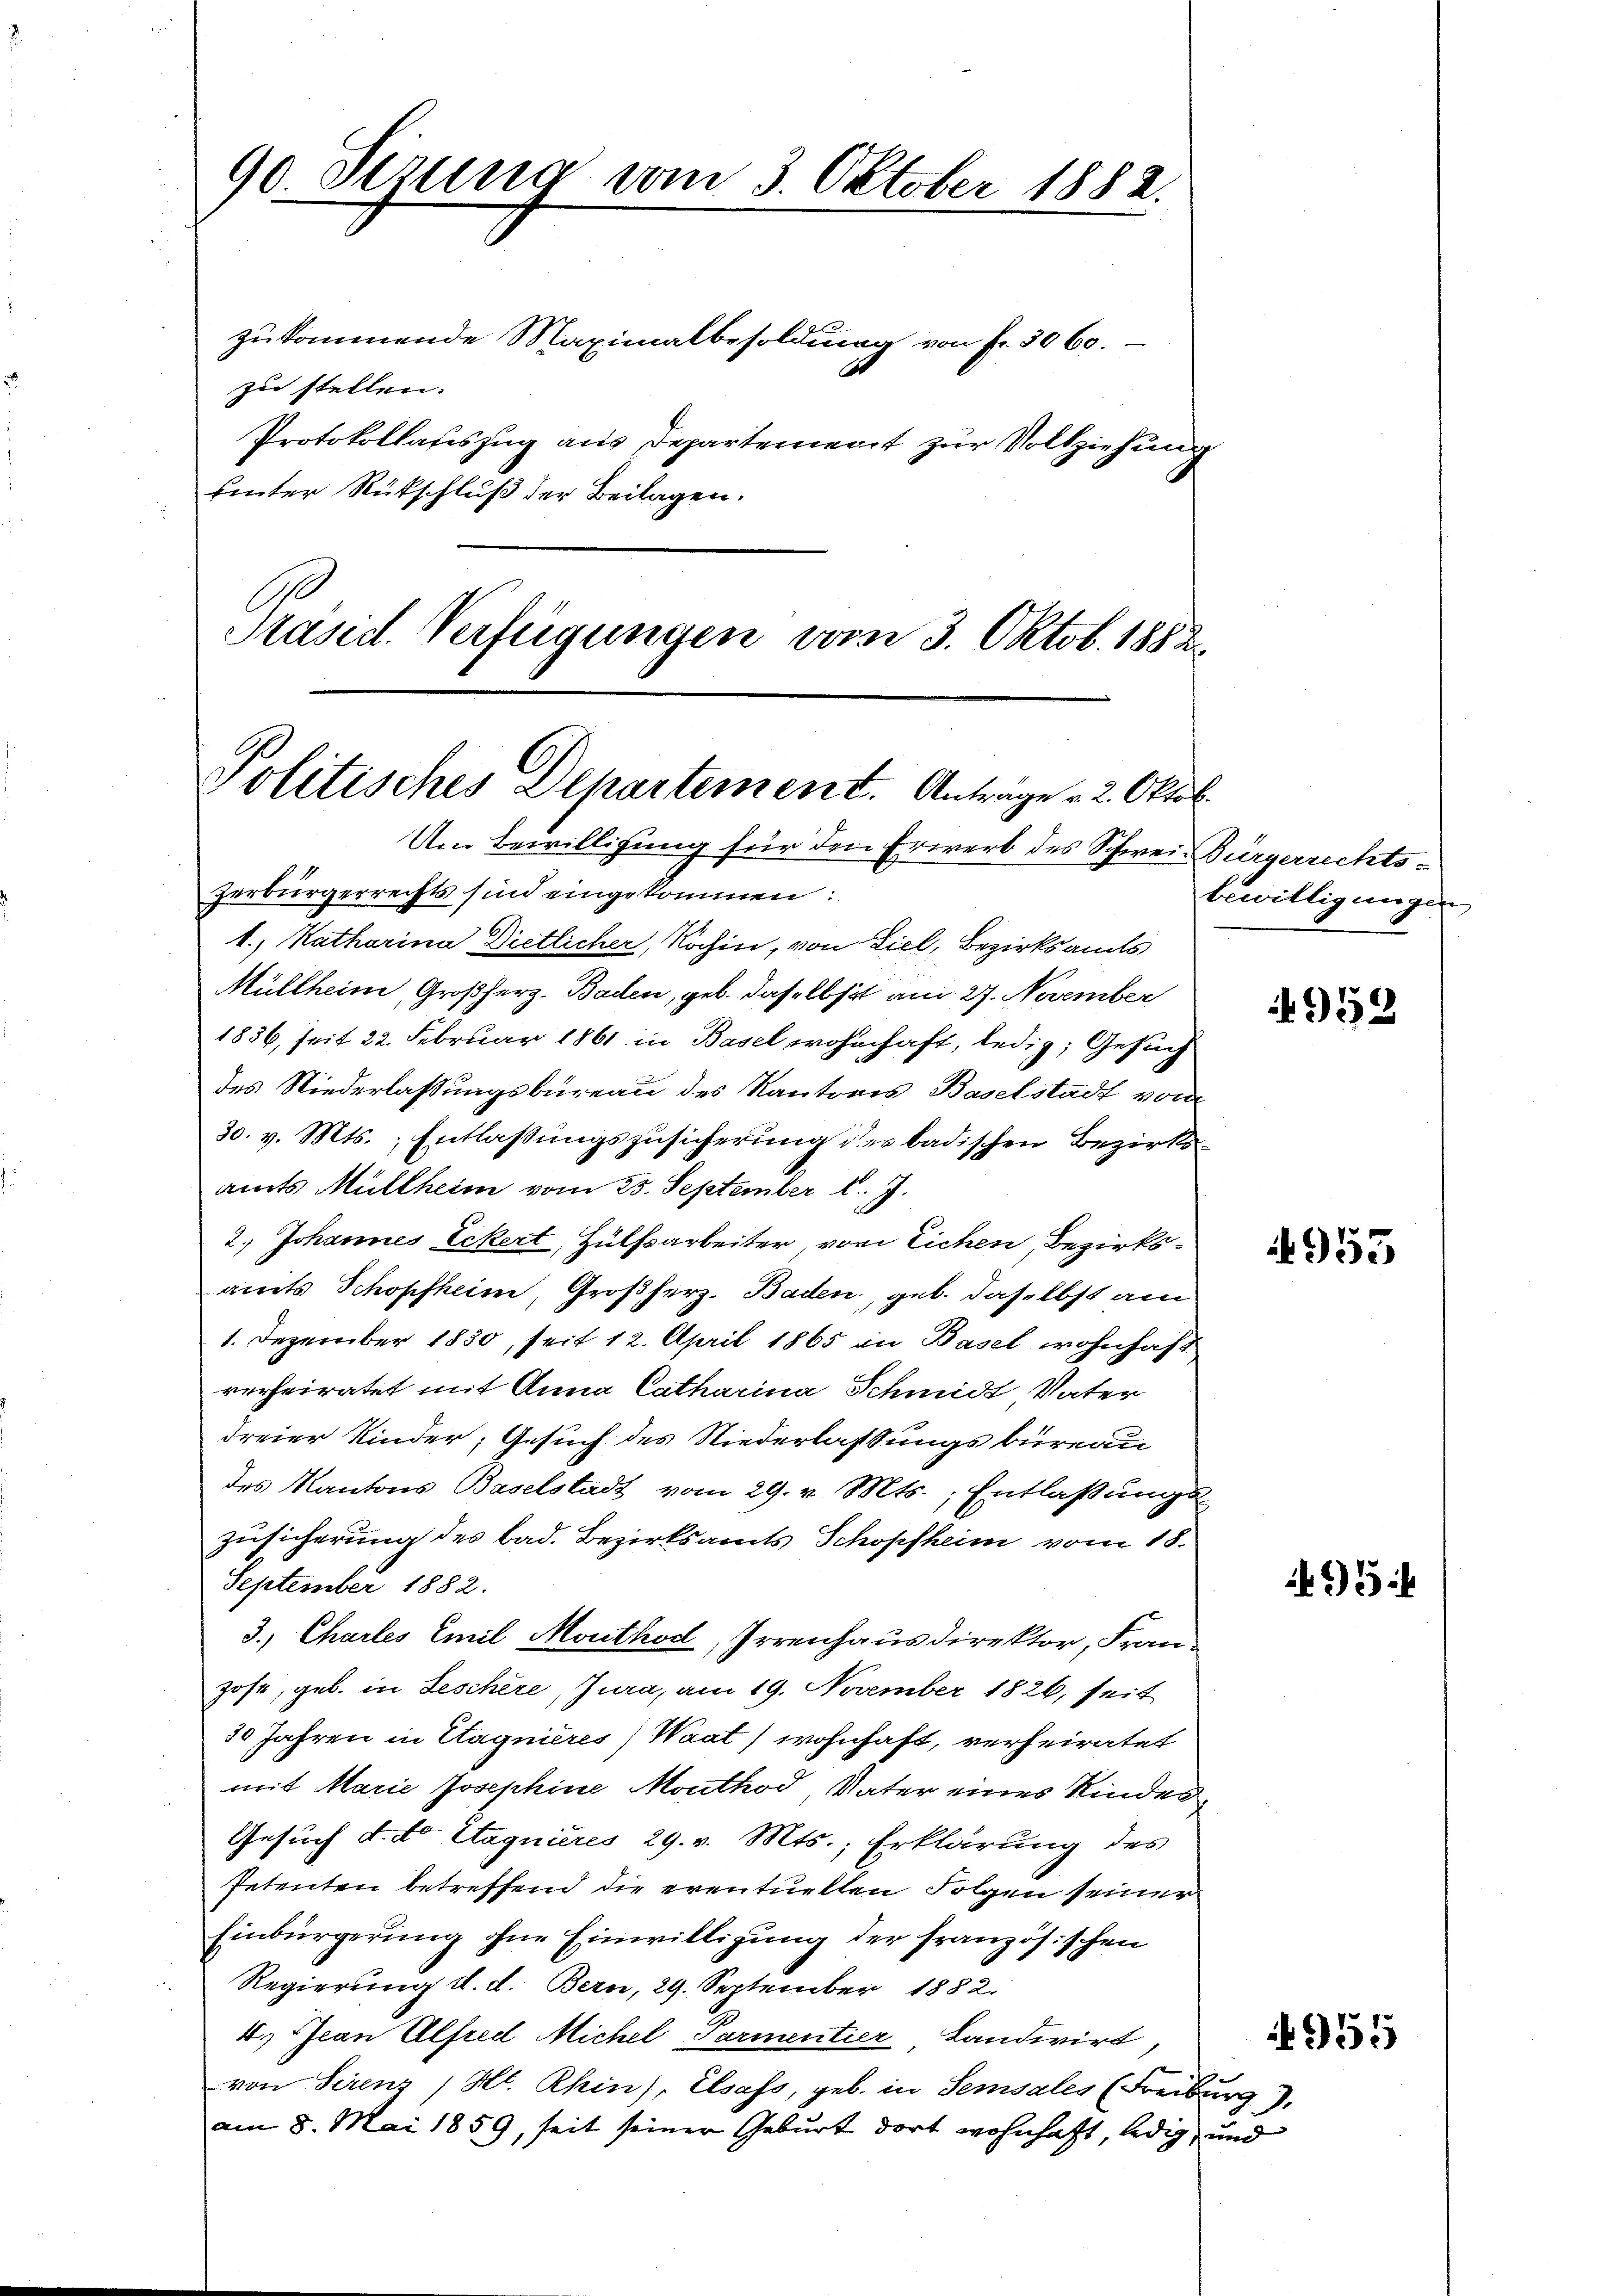
zukommende Maximalbesoldung von Fr. 3060.
zu stellen.
Protokollateszug aus Departement zur Vollziehung
uinter Rückschluß der Beilagen.
A
Präsid. Verfügungen vom 3. Oktob. 1882

90. Sizung vom 3. Oktober 1882.

Politisches Departement. Antrage 2. Oktob.
Um Bewilligung für den Erwerb des Schweiz Bürgerrechts¬

zerbürgerrechts sind eingekommen:
4.) Katharina Dietlicher, Nachin, von Ziel, Bezirksamts
Müllheim, Großherz. Baden, geb. daselbst am 27. November
1836, seit 22. Februar 1861 in Basel wohnhaft, ledig, Gesuch
des Niederlassungsbureau des Kantons Baselstadt vom
30. v. Mts., Entlassungszusicherung des badischen Bezirksamts Müllheim vom 25. September l. J.
2.) Johannes Eckert, Hülfsarbeiter, von Eichen, Bezirksamts Schopfheim, Großherz. Baden, geb. daselbst am
1. Dezember 1830, seit 12. April 1865 in Basel wohnhaft
verheiratet mit Anna Catharina Schmidt Vater
dreier Kinder, Gesuch des Niederlassungsbüreau
des Kantons Baselstadt vom 29. v. Mts., Entlaßungs
Zusicherung des bad. Bezirksamts Schopfheim vom 18.
September 1882.
3.) Charles Emil Mouthod, Irrenhausdirektor, Franhose, geb. in Seschere, Jura, am 19. November 1826, seit
30 Jahren in Etagnieres) Waat) wohnhaft, verheiratet
mit Marie Josephine Mouthod Vater eines Kinder¬
Gesuch d. do Etagnieres 29. v. Mts., Erklärung des
Petenten betreffend die eventuellen Folgen seiner
Einbürgerung ohne Einwilligung der französischen
Regierung d. d. Bern, 29. September 1882.
4.) Jean Alfred Michel Parmentier Landwirt,
von Serenz /Ht. Rhin), Elsass, geb. in Semsales (Freiburg).
am 8. Mai 1859, seit seiner Geburt dort wohnhaft, ledig, und

bewilligungen,

4959

4953

2)5

955